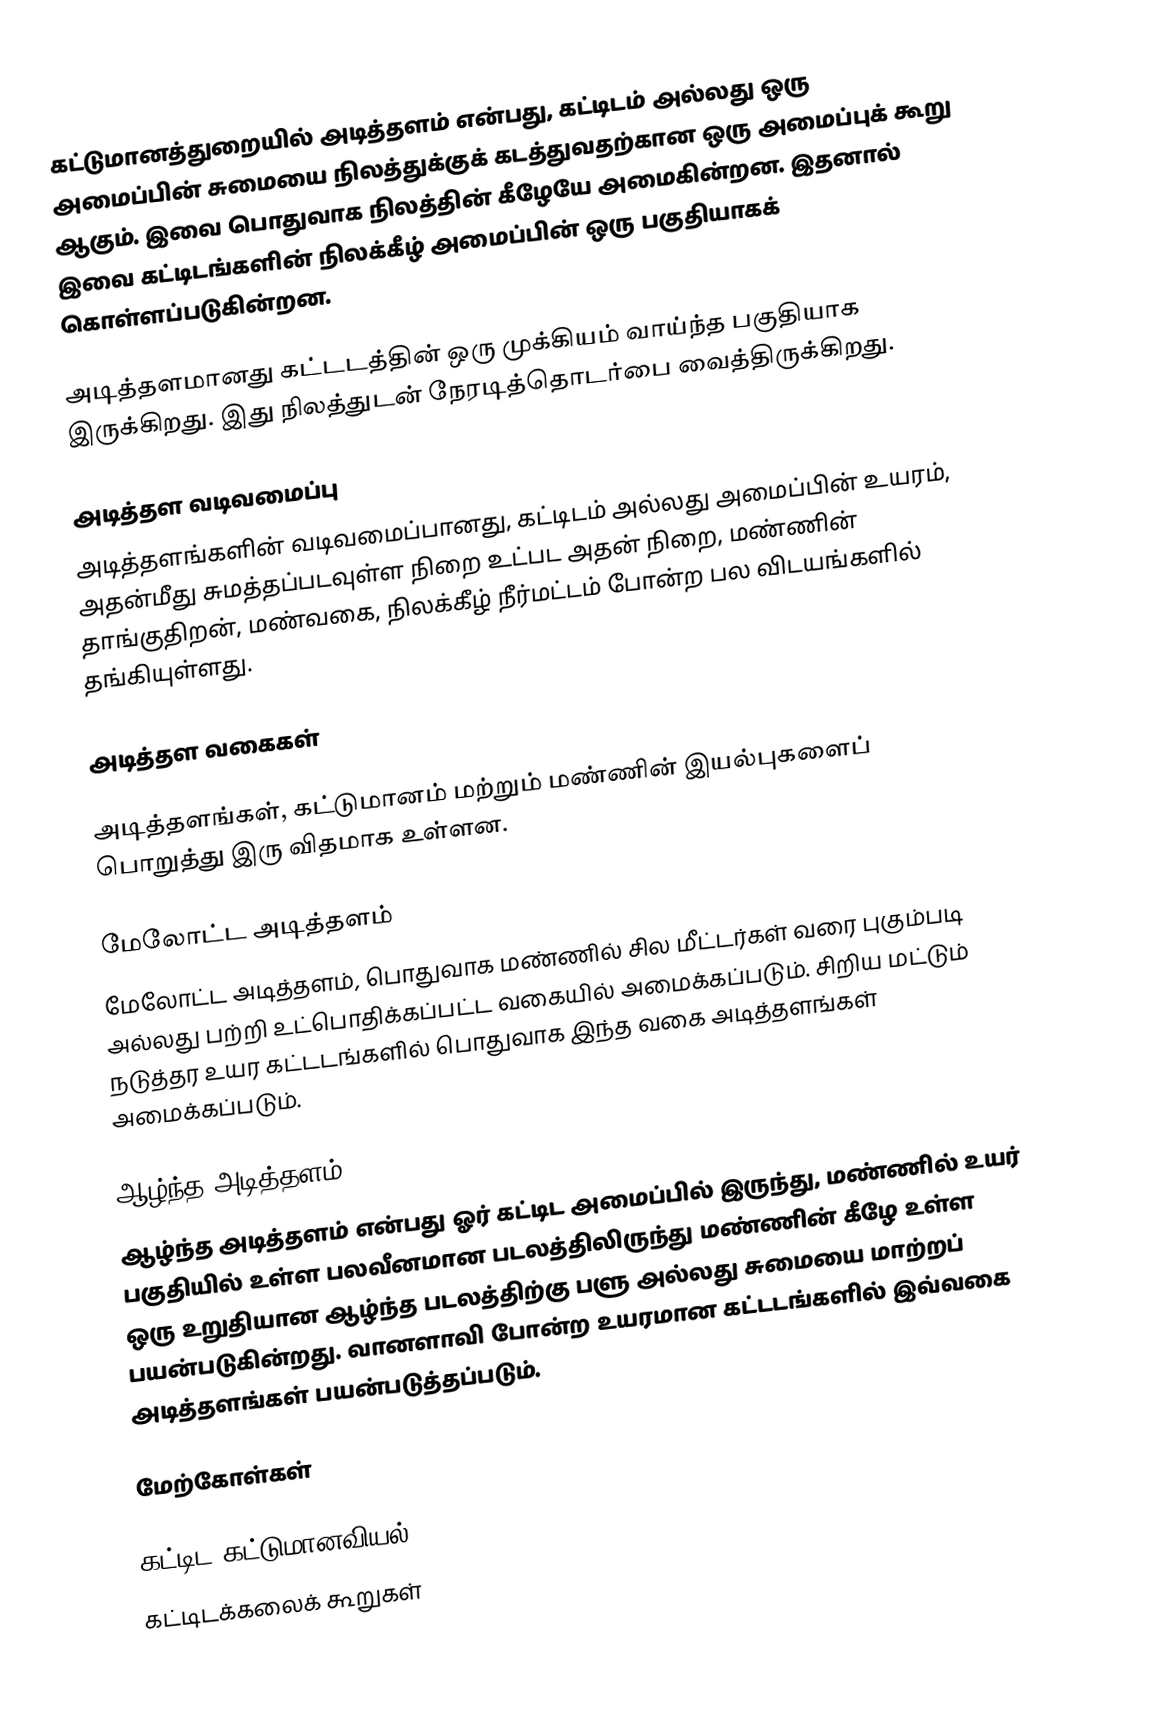
கட்டுமானத்துறையில் அடித்தளம் என்பது, கட்டிடம் அல்லது ஒரு அமைப்பின் சுமையை நிலத்துக்குக் கடத்துவதற்கான ஒரு அமைப்புக் கூறு ஆகும். இவை பொதுவாக நிலத்தின் கீழேயே அமைகின்றன. இதனால் இவை கட்டிடங்களின் நிலக்கீழ் அமைப்பின் ஒரு பகுதியாகக் கொள்ளப்படுகின்றன.

அடித்தளமானது கட்டடத்தின் ஒரு முக்கியம் வாய்ந்த பகுதியாக இருக்கிறது. இது நிலத்துடன் நேரடித்தொடர்பை வைத்திருக்கிறது.

அடித்தள வடிவமைப்பு
அடித்தளங்களின் வடிவமைப்பானது, கட்டிடம் அல்லது அமைப்பின் உயரம், அதன்மீது சுமத்தப்படவுள்ள நிறை உட்பட அதன் நிறை, மண்ணின் தாங்குதிறன், மண்வகை, நிலக்கீழ் நீர்மட்டம் போன்ற பல விடயங்களில் தங்கியுள்ளது.

அடித்தள வகைகள்

அடித்தளங்கள், கட்டுமானம் மற்றும் மண்ணின் இயல்புகளைப் பொறுத்து இரு விதமாக உள்ளன.

மேலோட்ட அடித்தளம்
மேலோட்ட அடித்தளம், பொதுவாக மண்ணில் சில மீட்டர்கள் வரை புகும்படி அல்லது பற்றி உட்பொதிக்கப்பட்ட வகையில் அமைக்கப்படும். சிறிய மட்டும் நடுத்தர உயர கட்டடங்களில் பொதுவாக இந்த வகை அடித்தளங்கள் அமைக்கப்படும்.

ஆழ்ந்த அடித்தளம்
ஆழ்ந்த அடித்தளம் என்பது ஓர் கட்டிட அமைப்பில் இருந்து, மண்ணில் உயர் பகுதியில் உள்ள பலவீனமான படலத்திலிருந்து மண்ணின் கீழே உள்ள ஒரு உறுதியான ஆழ்ந்த படலத்திற்கு பளு அல்லது சுமையை மாற்றப் பயன்படுகின்றது. வானளாவி போன்ற உயரமான கட்டடங்களில் இவ்வகை அடித்தளங்கள் பயன்படுத்தப்படும்.

மேற்கோள்கள்

கட்டிட கட்டுமானவியல்
கட்டிடக்கலைக் கூறுகள்